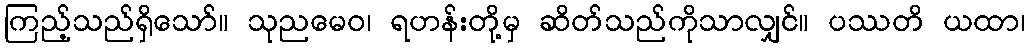
ကြည့်သည်ရှိသော်။ သုညမေဝ၊ ရဟန်းတို့မှ ဆိတ်သည်ကိုသာလျှင်။ ပဿတိ ယထာ၊